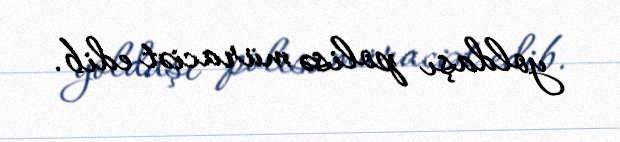
yoldaşı polisə müraciət edib.